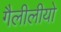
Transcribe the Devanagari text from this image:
गैलीलीयो